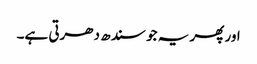
اور پھر یہ جو سندھ دھرتی ہے۔